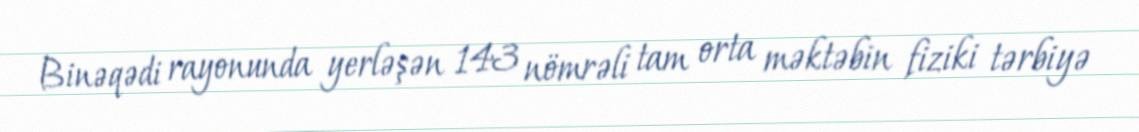
Binəqədi rayonunda yerləşən 143 nömrəli tam orta məktəbin fiziki tərbiyə